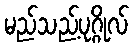
မည်သည့်ပုဂ္ဂိုလ်